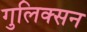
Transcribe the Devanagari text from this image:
गुलिक्सन